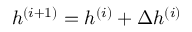
h ^ { ( i + 1 ) } = h ^ { ( i ) } + \Delta h ^ { ( i ) }